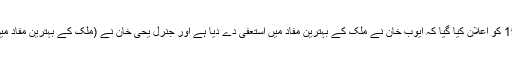
چنانچہ 25 مارچ 1969 کو اعلان کیا گیا کہ ایوب خان نے ملک کے بہترین مفاد میں استعفیٰ دے دیا ہے اور جنرل یحیٰ خان نے (ملک کے بہترین مفاد میں) اقتدار سنبھال لیا ہے۔